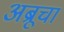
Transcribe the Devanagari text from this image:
अब्रूचा